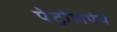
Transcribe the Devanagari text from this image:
पेट्रोलपंप